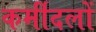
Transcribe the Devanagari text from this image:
कर्मीदलों